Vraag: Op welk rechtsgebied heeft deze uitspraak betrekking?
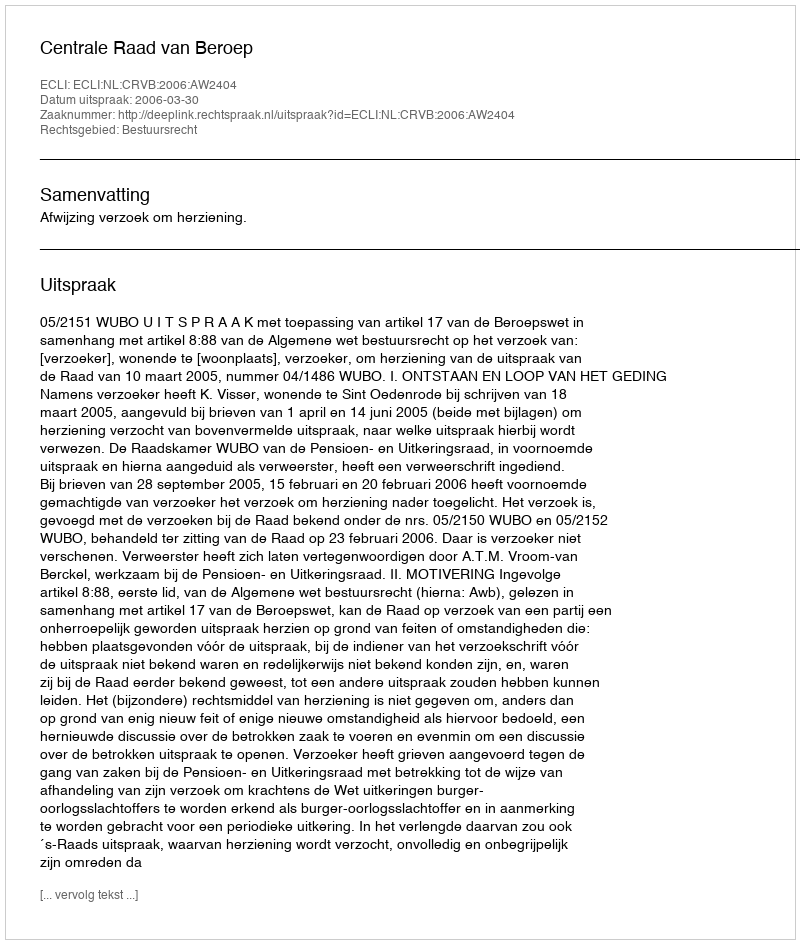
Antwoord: Bestuursrecht